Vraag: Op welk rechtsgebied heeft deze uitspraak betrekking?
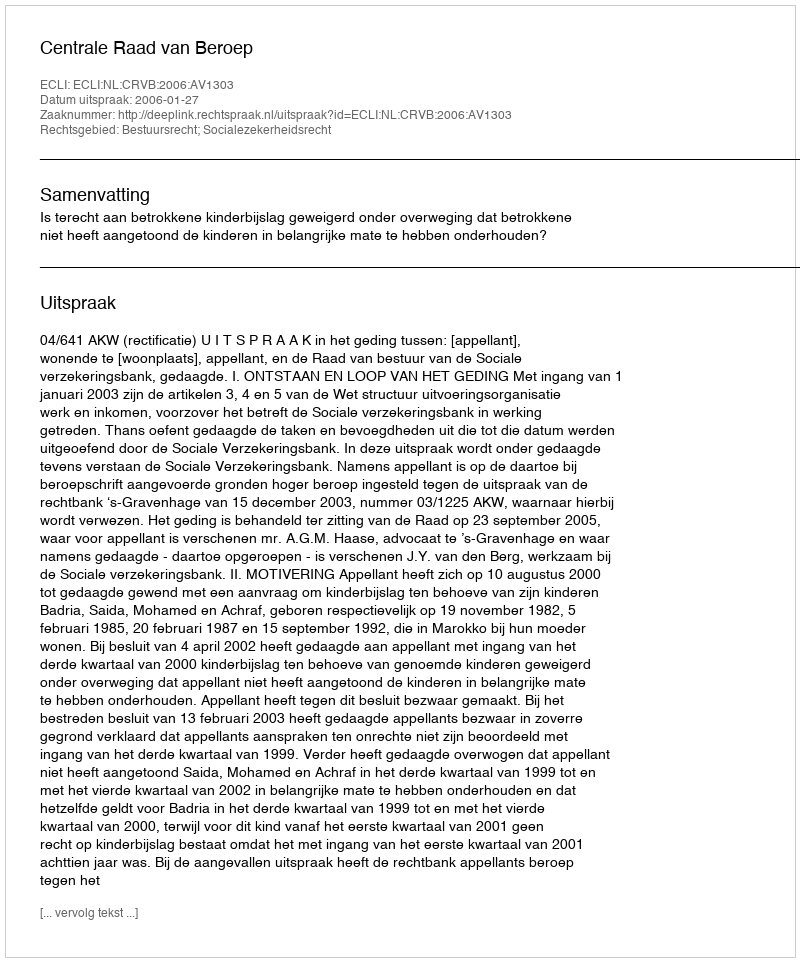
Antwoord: Bestuursrecht; Socialezekerheidsrecht